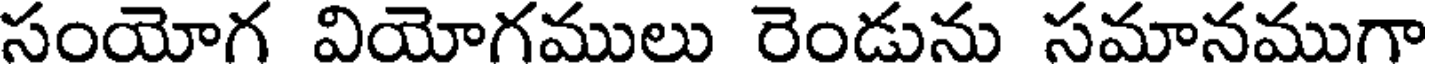
సంయోగ వియోగములు రెండును సమానముగా